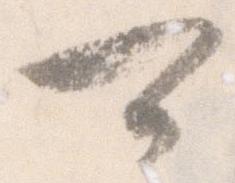
可